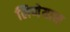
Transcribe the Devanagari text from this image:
लिणेयास